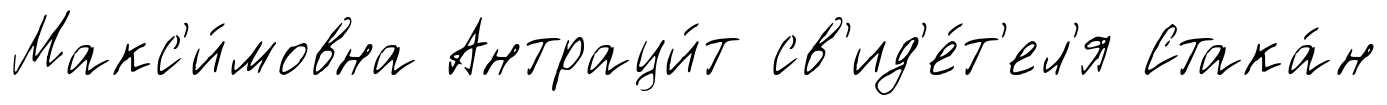
Макс'и́мовна Антраци́т св'ид'е́т'ел'я Стака́н